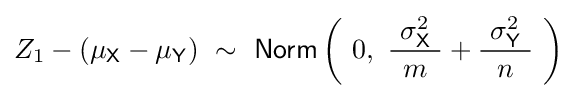
Z_{1}-\left(\mu _{\mathsf {X}}-\mu _{\mathsf {Y}}\right)~\sim ~{\mathsf {Norm}}\left(\ 0,\ {\frac {\ \sigma _{\mathsf {X}}^{2}\ }{m}}+{\frac {\ \sigma _{\mathsf {Y}}^{2}\ }{n}}\ \right)\